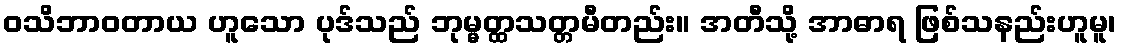
ဝသိဘာဝတာယ ဟူသော ပုဒ်သည် ဘုမ္မတ္ထသတ္တမီတည်း။ အတီသို့ အာဓာရ ဖြစ်သနည်းဟူမူ၊